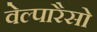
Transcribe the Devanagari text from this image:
वेल्पारैसो